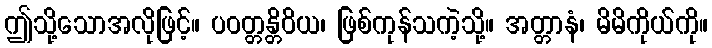
ဤသို့သောအလိုဖြင့်။ ပဝတ္တန္တိဝိယ၊ ဖြစ်ကုန်သကဲ့သို့။ အတ္တာနံ၊ မိမိကိုယ်ကို။